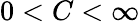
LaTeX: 0<C<\infty